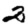
Digit: 2